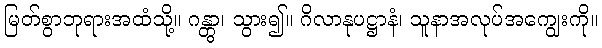
မြတ်စွာဘုရားအထံသို့။ ဂန္တွာ၊ သွား၍။ ဂိလာနုပဋ္ဌာနံ၊ သူနာအလုပ်အကျွေးကို။